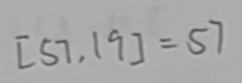
[ 5 7 , 1 9 ] = 5 7